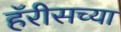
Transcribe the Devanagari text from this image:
हॅरीसच्या